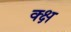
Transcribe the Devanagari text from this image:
क्क्ष